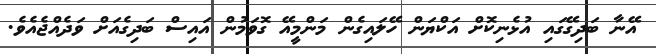
އޭނާ ބަދިގޭގައި އުޅެނިކޮށް އަކްޔަން ހޭލައިގެން މަންމީއޭ ގޮވަމުން އައިސް ބަދިގެއަށް ވަދެއްޖެއެވެ.